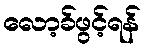
လော့ခ်ဖွင့်ရန်